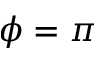
\phi = \pi